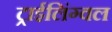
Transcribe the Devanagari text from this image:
ट्राईलिंग्वल